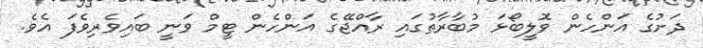
ދަށުގެ އަންހެން ވޮލީބޯޅަ މުބާރާތުގައި ރާއްޖޭގެ އަންހެން ޓީމް ވަނީ ބައިވެރިވެފަ އެވެ.